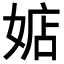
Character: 𪦃